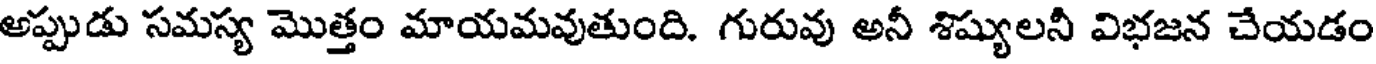
అప్పుడు సమస్య మొత్తం మాయమవుతుంది. గురువు అనీ శిష్యులనీ విభజన చేయడం